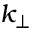
k _ { \perp }